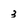
Character: 3